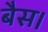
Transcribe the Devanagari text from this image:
बैस।